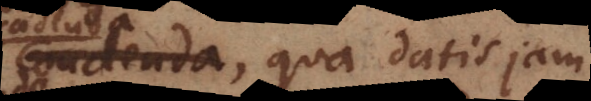
condenda, qua datis jam